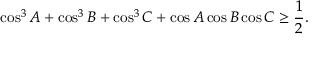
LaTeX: \cos ^ { 3 } A + \cos ^ { 3 } B + \cos ^ { 3 } C + \cos A \cos B \cos C \geq { \frac { 1 } { 2 } } .